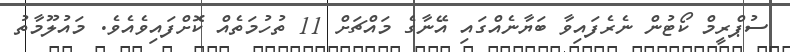
ސުޕްރީމް ކޯޓުން ނެރެފައިވާ ބަޔާނެއްގައި އޭނާގެ މައްޗަށް 11 ތުހުމަތެއް ކޮށްފައިވެއެވެ. މައުލޫމާތު